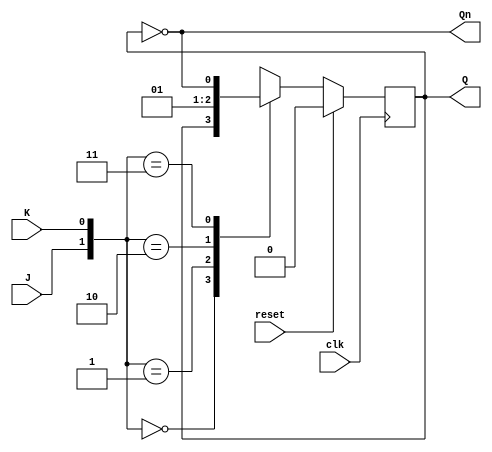
// Rising edge sensible flipflop with synchronous reset
module JKFlipFlop (
	input reset,
	input clk,
	input J, 
	input K,
	output Q,
	output Qn
	);
	
reg r;

 always @(posedge clk) begin 

 if (reset) 
  r <= 1'b0;
 else
 
  case({J,K})
	2'b00:  r <= r;
	2'b01:  r <= 0;
	2'b10:  r <= 1;
	2'b11:  r <=~r;
  endcase
  
 end
 
 assign Q = r;
 assign Qn = ~r;
  
endmodule